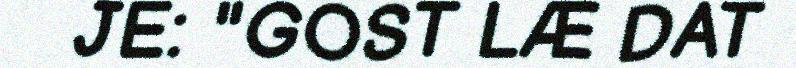
JE: "GOST LÆ DAT